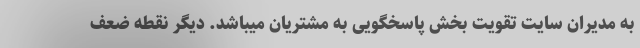
به مدیران سایت تقویت بخش پاسخگویی به مشتریان میباشد. دیگر نقطه ضعف